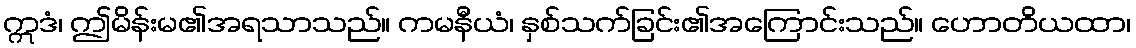
ဣဒံ၊ ဤမိန်းမ၏အရသာသည်။ ကမနီယံ၊ နှစ်သက်ခြင်း၏အကြောင်းသည်။ ဟောတိယထာ၊